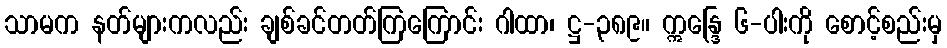
သာမက နတ်များကလည်း ချစ်ခင်တတ်ကြကြောင်း ဂါထာ၊ ဋ္ဌ-၃၈၉။ ဣန္ဒြေ ၆-ပါးကို စောင့်စည်းမှ